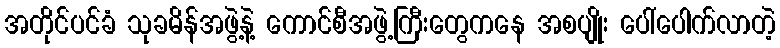
အတိုင်ပင်ခံ သုခမိန်အဖွဲ့နဲ့ ကောင်စီအဖွဲ့ကြီးတွေကနေ အစပျိုး ပေါ်ပေါက်လာတဲ့